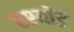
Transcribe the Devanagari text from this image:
एश्योर्ड